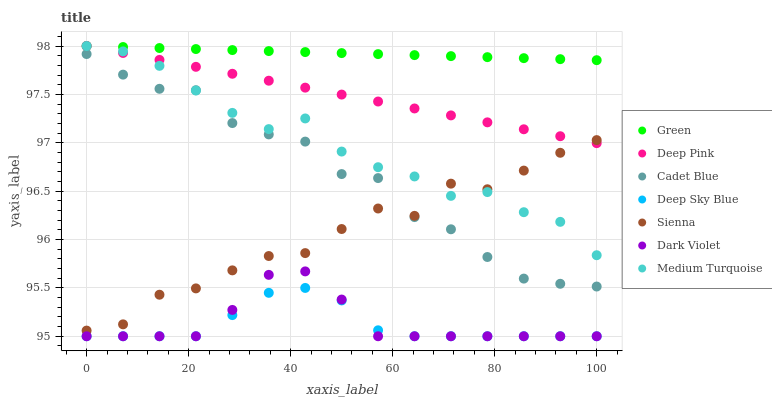
| xaxis_label | Green | Deep Pink | Cadet Blue | Deep Sky Blue | Sienna | Dark Violet | Medium Turquoise |
 | --- | --- | --- | --- | --- | --- | --- | --- |
 | 0 | 98 | 98 | 97.9 | 95 | 95.1 | 95 | 98 |
 | 7.14 | 98 | 97.9 | 97.7 | 95 | 95.1 | 95 | 97.9 |
 | 14.3 | 98 | 97.9 | 97.6 | 95 | 95.4 | 95 | 97.8 |
 | 21.4 | 98 | 97.8 | 97.5 | 95 | 95.5 | 95 | 97.5 |
 | 28.6 | 98 | 97.7 | 97.2 | 95.2 | 95.7 | 95.3 | 97.3 |
 | 35.7 | 97.9 | 97.6 | 97.1 | 95.4 | 95.8 | 95.6 | 97.1 |
 | 42.9 | 97.9 | 97.6 | 97 | 95.5 | 95.9 | 95.7 | 97.3 |
 | 50 | 97.9 | 97.5 | 96.7 | 95.4 | 96.1 | 95.4 | 96.9 |
 | 57.1 | 97.9 | 97.4 | 96.6 | 95.1 | 96.3 | 95 | 96.7 |
 | 64.3 | 97.9 | 97.4 | 96.2 | 95 | 96.2 | 95 | 96.7 |
 | 71.4 | 97.9 | 97.3 | 96.1 | 95 | 96.6 | 95 | 96.5 |
 | 78.6 | 97.9 | 97.2 | 95.8 | 95 | 96.5 | 95 | 96.5 |
 | 85.7 | 97.9 | 97.1 | 95.6 | 95 | 96.7 | 95 | 96.3 |
 | 92.9 | 97.9 | 97.1 | 95.5 | 95 | 96.9 | 95 | 96.2 |
 | 100 | 97.9 | 97 | 95.5 | 95 | 97 | 95 | 95.8 |